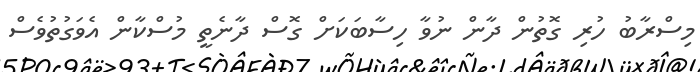
މިސްރާބު ހުރި ގޮތުން ދާން ނުވާ ހިސާބަކަށް ގޮސް ދާނެތީ މުސްކާން އެވަގުތުވެސް